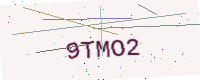
Text: 9TMO2